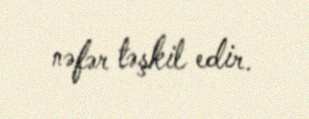
nəfər təşkil edir.